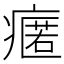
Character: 𭼟